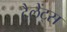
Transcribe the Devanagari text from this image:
टैलेंट्स